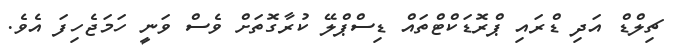
ޗިލްޑް އަދި ޑްރައި ޕްރޮޑަކްޓްތައް ޑިސްޕްލޭ ކުރާގޮތަށް ވެސް ވަނީ ހަމަޖެހިފަ އެވެ.